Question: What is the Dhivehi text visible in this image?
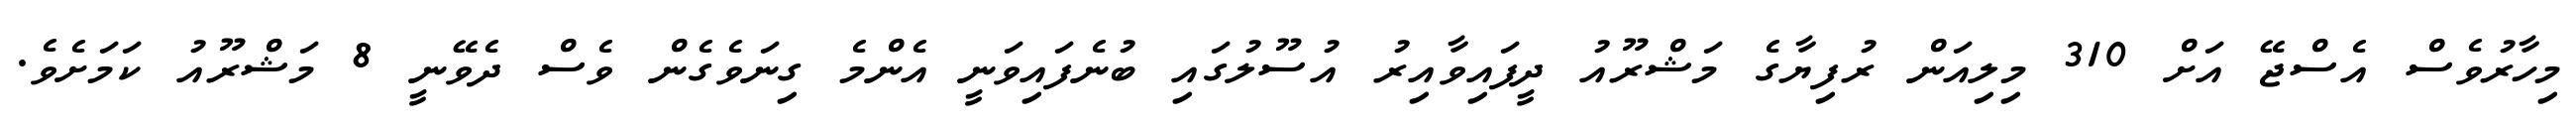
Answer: މިހާރުވެސް އެސްޖޭ އަށް 310 މިލިއަން ރުފިޔާގެ މަޝްރޫއު ދީފައިވާއިރު އުސޫލުގައި ބުނެފައިވަނީ އެންމެ ގިނަވެގެން ވެސް ދެވޭނީ 8 މަޝްރޫއު ކަމަށެވެ.